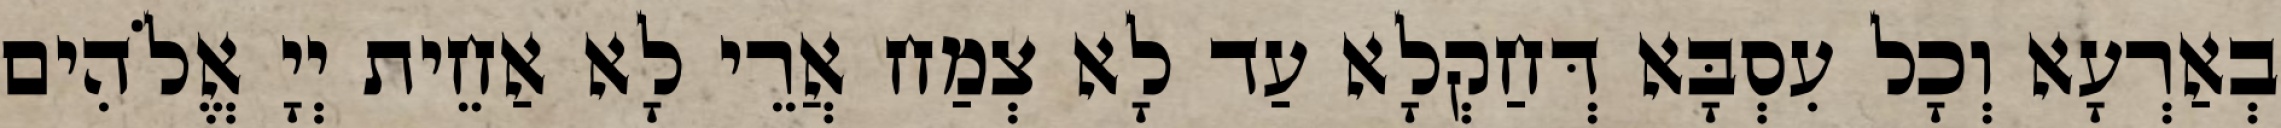
בְאַרְעָא וְכָל עִסְבָּא דְּחַקְלָא עַד לָא צְמַח אֲרֵי לָא אַחֵית יְיָ אֱלֹהִים